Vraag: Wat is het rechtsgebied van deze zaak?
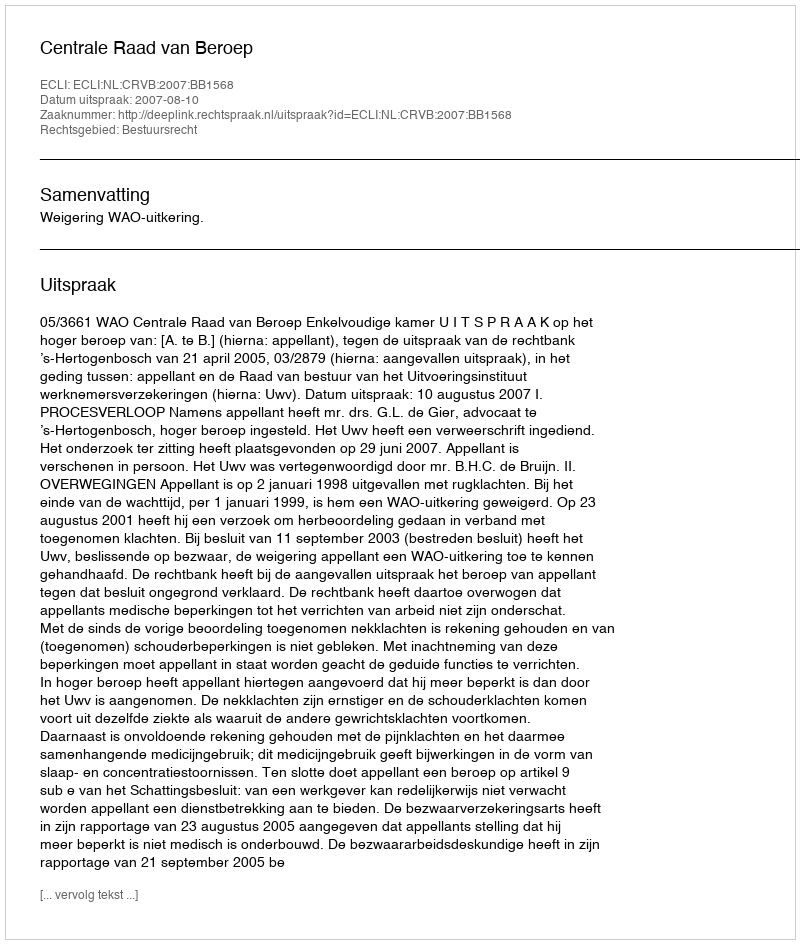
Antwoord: Bestuursrecht